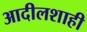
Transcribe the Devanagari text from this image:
आदीलशाही